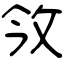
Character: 㪁